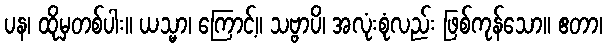
ပန၊ ထိုမှတစ်ပါး။ ယသ္မာ၊ ကြောင့်။ သဗ္ဗာပိ၊ အလုံးစုံလည်း ဖြစ်ကုန်သော။ ဧတာ၊